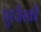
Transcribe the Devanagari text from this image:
पुरजैस्की